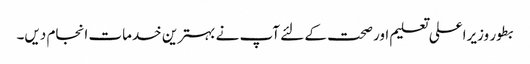
بطور وزیراعلی تعلیم اور صحت کے لئے آپ نے بہترین خدمات انجام دیں۔